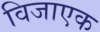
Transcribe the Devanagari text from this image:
विजाएक